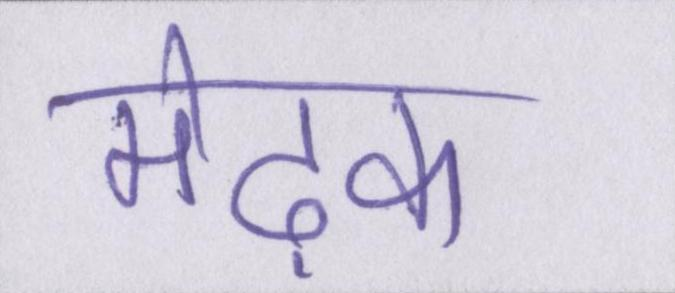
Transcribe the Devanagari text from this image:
मेढ़क